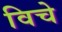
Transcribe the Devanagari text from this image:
विचे